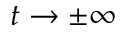
t \to \pm \infty